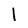
Character: l